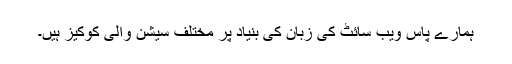
ہمارے پاس ویب سائٹ کی زبان کی بنیاد پر مختلف سیشن والی کوکیز ہیں۔